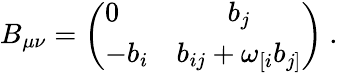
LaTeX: B_{\mu\nu}=\left(\begin{array}{lc}{{0}}&{{b_{j}}}\\ {{-b_{i}}}&{{b_{ij}+\omega_{[i}b_{j]}}}\end{array}\right)\ .